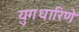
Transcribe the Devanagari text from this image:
युगधारिणे